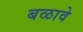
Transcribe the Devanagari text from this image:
बळावे